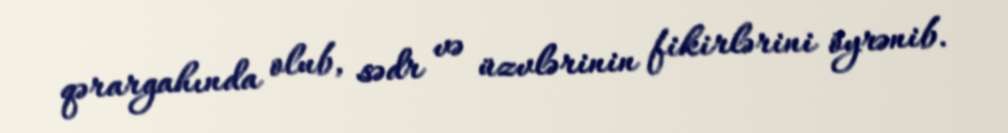
qərargahında olub, sədr və üzvlərinin fikirlərini öyrənib.